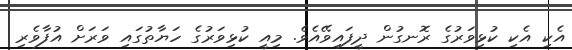
އެކި އެކި ކުޅިވަރުގެ ރޮނގުން ދީފައިވޭއެވެ. މިއީ ކުޅިވަރުގެ ހަޔާތުގައި ވަރަށް އުފާވެރި